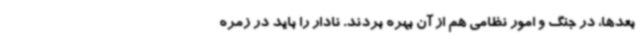
بعدها، در جنگ و امور نظامی هم از آن بهره بردند. نادار را باید در زمره